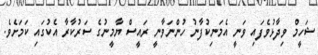
ޝަހީމް ވިދާޅުވެފައި ވަނީ އެމަނިކުފާނު ހުންނަވާނީ ރައީސް ޔާމީނުގެ ސަރުކާރާ އެކުގައި ކަމަށެވެ.